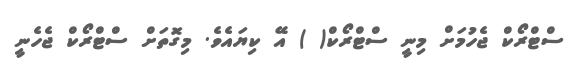
ސްޓްރޯކް ޖެހުމަށް މިނީ ސްޓްރޯކް( ) އޭ ކިޔައެވެ. މިގޮތަށް ސްޓްރޯކް ޖެހެނީ